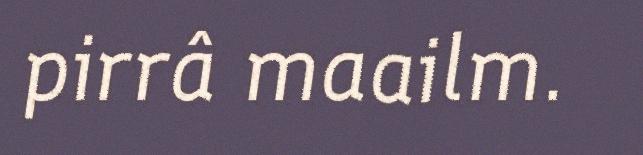
pirrâ maailm.